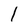
Character: 1